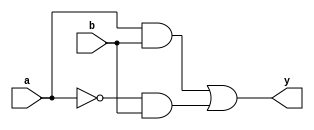
module combinational_logic (
    input wire a,         // First input signal
    input wire b,         // Second input signal
    output reg y          // Output signal
);

// Always block to model combinational logic
always @(*) begin
    // Combinational logic expression
    // Example: y = (a AND b) OR (NOT a AND b)
    y = (a & b) | (~a & b);
end

endmodule